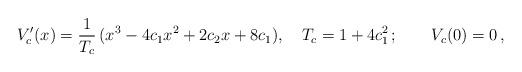
LaTeX: \begin{align*}V'_c(x) =\frac{1}{T_c}\,( x^3 - 4 c_1 x^2 + 2 c_2 x + 8 c_1), \quad T_c=1+4c_1^2\,;\qquad V_c(0)=0\,,\end{align*}